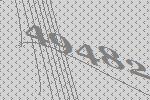
49482